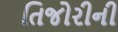
તિજોરીની